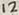
Text: 12